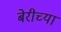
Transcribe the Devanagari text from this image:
बेरीच्या